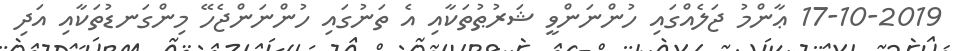
17-10-2019 ޢާންމު ޖަލެއްގައި ހުންނަންވީ ޝަރުޠުތަކާއި އެ ތަނުގައި ހުންނަންޖެހޭ މިންގަނޑުތަކާއި އަދި